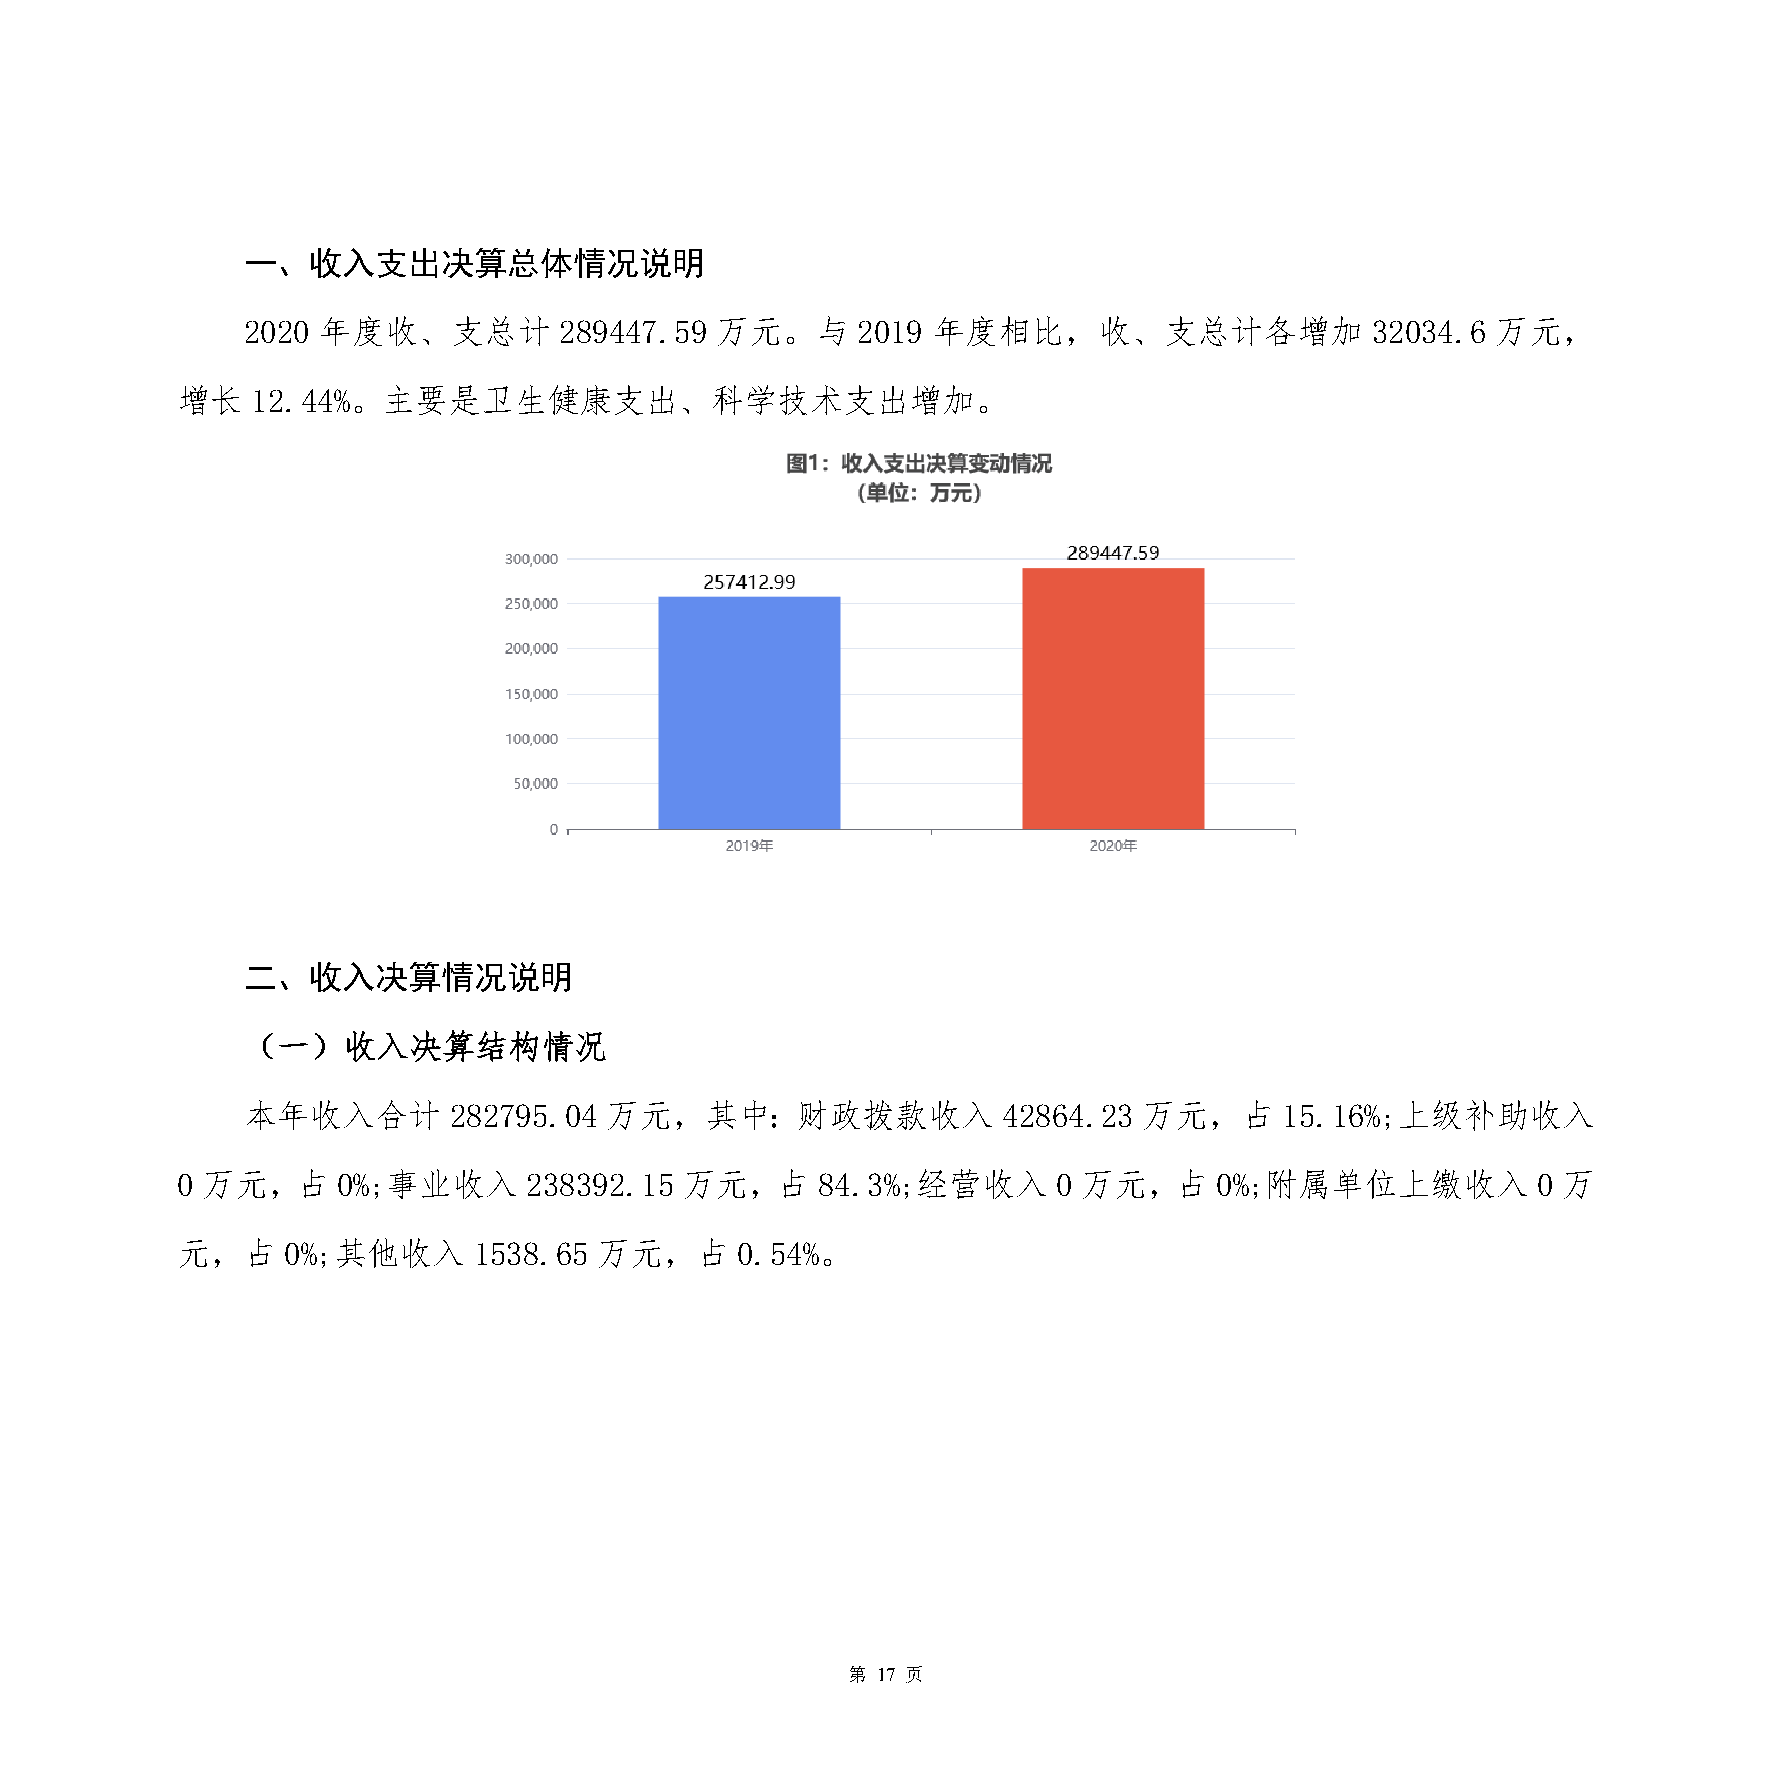
一、收入支出决算总体情况说明
 2020 年度收、支总计         289447.59 万元。与      2019 年度相比，收、支总计各增加                32034.6 万元，
 增长   12.44%。主要是卫生健康支出、科学技术支出增加。
 二、收入决算情况说明
 （一）收入决算结构情况
 本年收入合计        282795.04 万元，其中：财政拨款收入              42864.23  万元，占     15.16%;上级补助收入
 0 万元，占    0%;事业收入      238392.15 万元，占     84.3%;经营收入      0 万元，占     0%;附属单位上缴收入          0 万
 元，占    0%;其他收入     1538.65  万元，占     0.54%。
 第 17 页